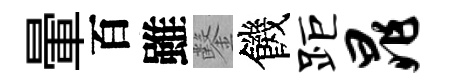
暈百雖鑿饑距晁